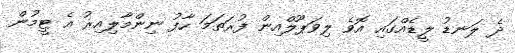
ދެ ލަނޑު ލީޑެއްގައި އޮވެ ލިވަޕޫލްއިން ފުރަތަމަ ހާފު ނިންމާލިއިރު އެ ޓީމުން